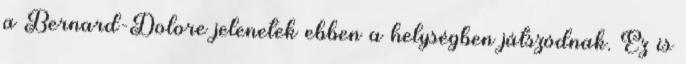
a Bernard-Dolore jelenetek ebben a helységben játszódnak. Ez is